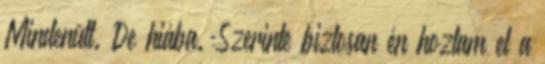
Mindenütt. De hiába. Szerinte biztosan én hoztam el a